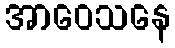
အာဝေသနေ